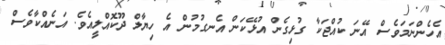
އެހެންނަމަވެސް އޭނަ ކުއްޖަކާ ގުޅިގެން އުޅޭކަން އެނގުމުން އެ ހިޔާލް ދޫކޮއްލީއެވެ. އަނެއްކާވެސް